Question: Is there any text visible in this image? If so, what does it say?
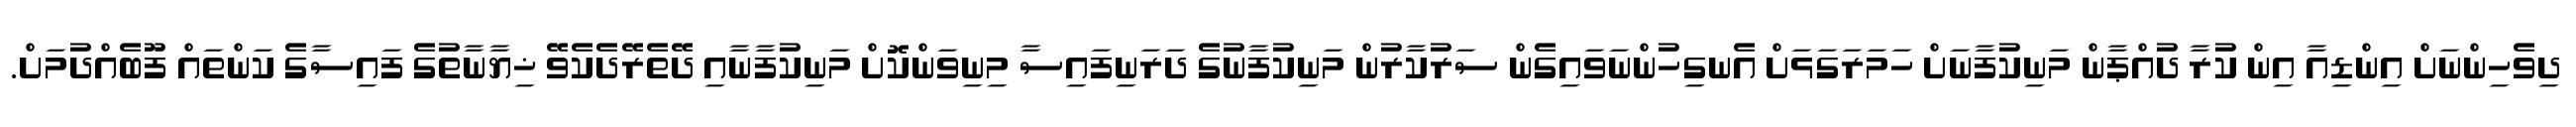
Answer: ދިވެހިންނަށް އިންޑިއާ އިން ކުރާ ދުއްޕާން މަނިކުފާނަށް ހަމަރަގަޅަށް އެނގިހުންނަވައިގެން ސަރުކާރުން މަނިކުފާނުގެ ދަރަނިފައިސާ މިނިވަންކޮށް މަނިކުފާނާއި ދޭތެރޭދެކެވޭ ޚިޔާނާތުގެ ފައިސާގެ ކަންތައް ފޫބެއްދުމަށް.